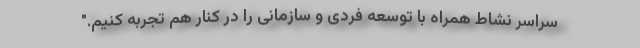
سراسر نشاط همراه با توسعه فردی و سازمانی را در کنار هم تجربه کنیم."